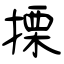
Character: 搮